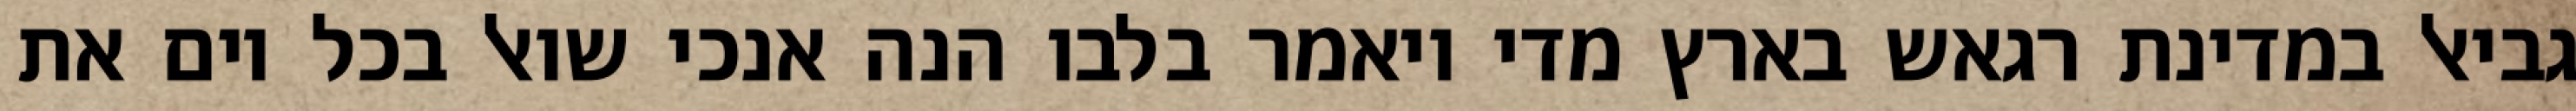
גביאל במדינת רגאש בארץ מדי ויאמר בלבו הנה אנכי שואל בכל יום את